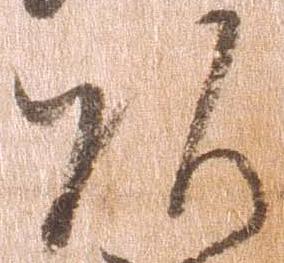
頭